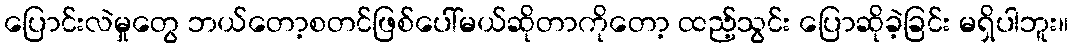
ပြောင်းလဲမှုတွေ ဘယ်တော့စတင်ဖြစ်ပေါ်မယ်ဆိုတာကိုတော့ ထည့်သွင်း ပြောဆိုခဲ့ခြင်း မရှိပါဘူး။